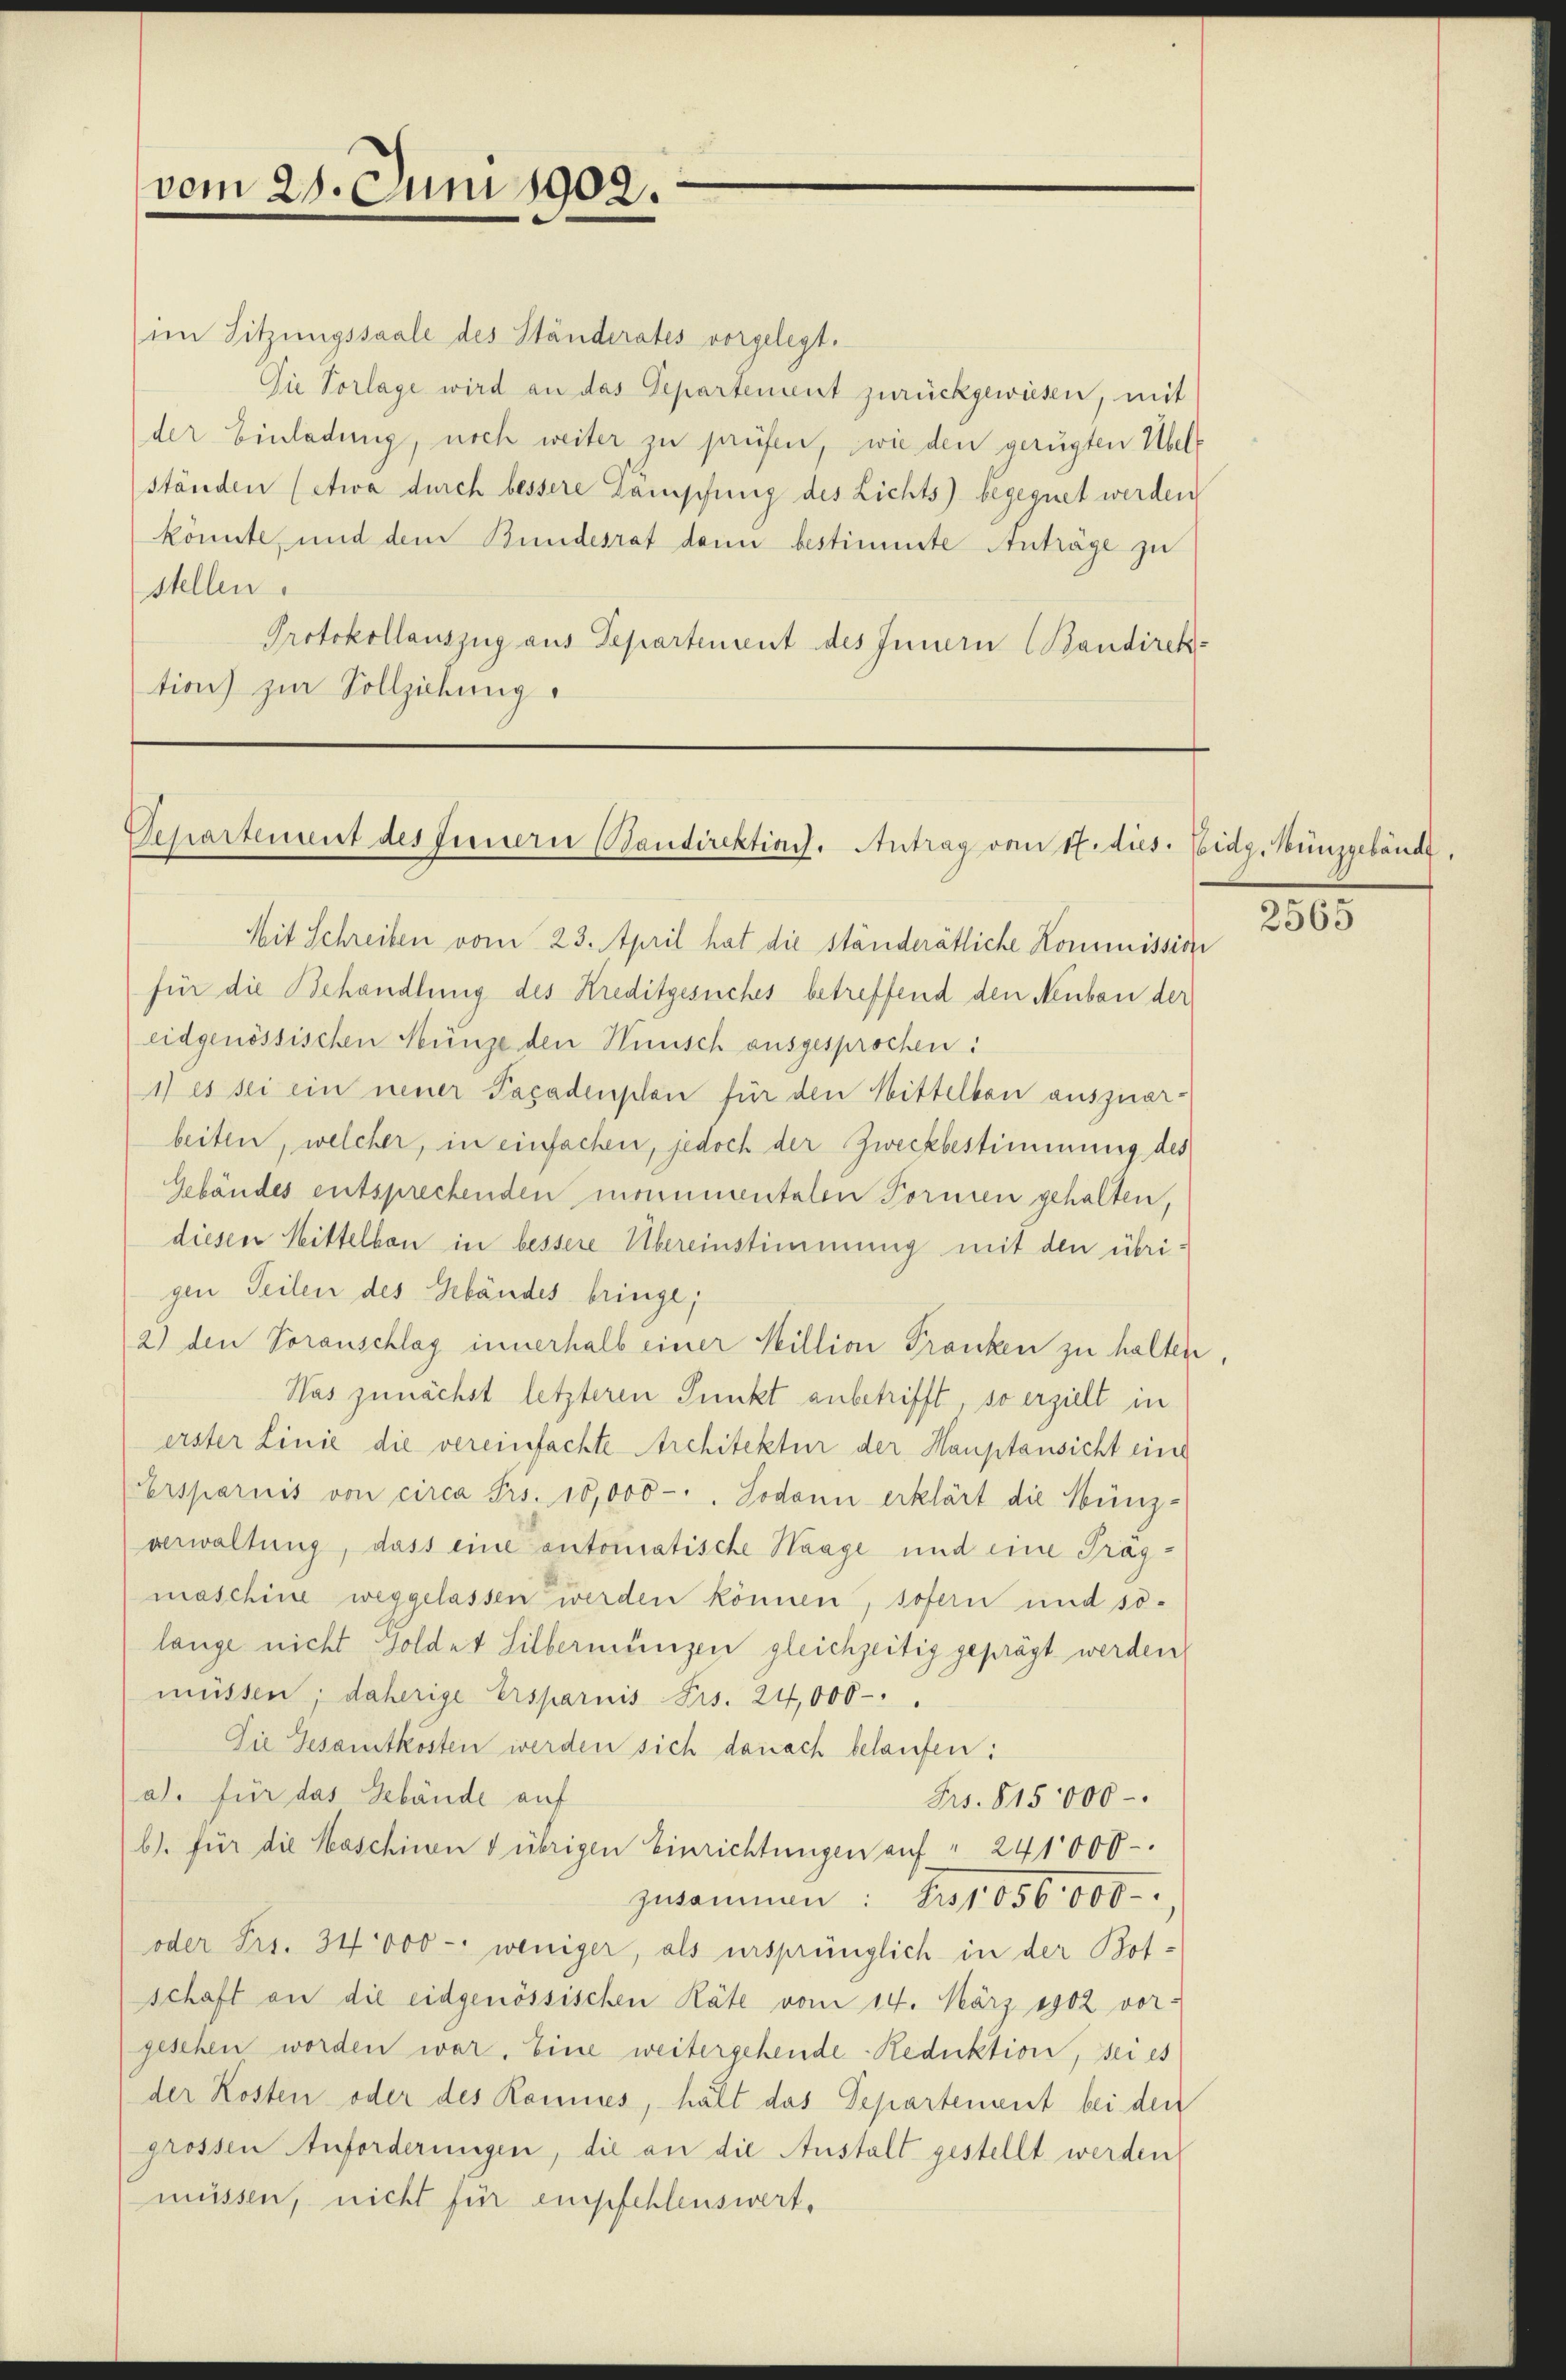
vom 21. Juni 1902.

im Sitzungssaale des Ständerates vorgelegt.
Die Vorlage wird an das Departement zurückgewiesen, mit
der Einladung, noch weiter zu prüfen, wie den gerügten Übelständen (etwa durch bessere Dampfung des Lichts) begegnet werden
könnte, und dem Bundesrat dann bestimmte Anträge zu
stellen.
Protokollauszug aus Departement des Innern (Bandirektion zur Vollziehung.

Separtement des Fernern Baudirektion. Antrag vom 17. dies.

Mit Schreiben vom 23. April hat die ständerätliche Kommission
für die Behandlung des Kreditgesuches betreffend den Neubau der
eidgenössischen Münze den Hinsch ausgesprochen:
1) es sei ein neuer Pacadenplan für den Mittelbau auszuarbeiten, welcher, in einfachen, jedoch der Zweckbestimmung des
Gebäudes entsprechenden monumentalen Formen gehalten,
diesen Mittelbau in bessere Übereinstimmung mit den übrigen Teilen des Gebäudes bringe;
2) den Voranschlag innerhalb einer Million Franken zu halten,
Was zunächst letzteren Punkt anbetrifft, so erzielt in
erster Linie die vereinfachte Architektur der Hauptansicht eine
Versparnis von circa Frs. 10,000 - " Sodann erklärt die Münz-
verwaltung, dass eine automatische Haage und eine Trag-
maschine weggelassen werden können, sofern und solange nicht Goldet Silbermingen gleichzeitig geprägt werden
müssen; daherige Ersparnis Frs. 24,000.
Die Gesamtkosten werden sich danach belaufen:
al. für das Gebäude auf
Frs. 815,000.
b). für die Haschinen d übrigen Einrichtungen auf " 241000
zusammen: Ers1056000.
oder Frs. 34,000 - weniger, als ursprünglich in der Botschaft an die eidgenössischen Räte vom 14. März 1902 vorgesehen worden war. Eine weitergehende Reduktion, sei es
der Kosten oder des Kannes, hält das Departement bei den
grossen Anforderungen, die an die Anstalt gestellt werden
müssen, nicht für empfehlenswert,

Eidg. Münzgebäude,

2565